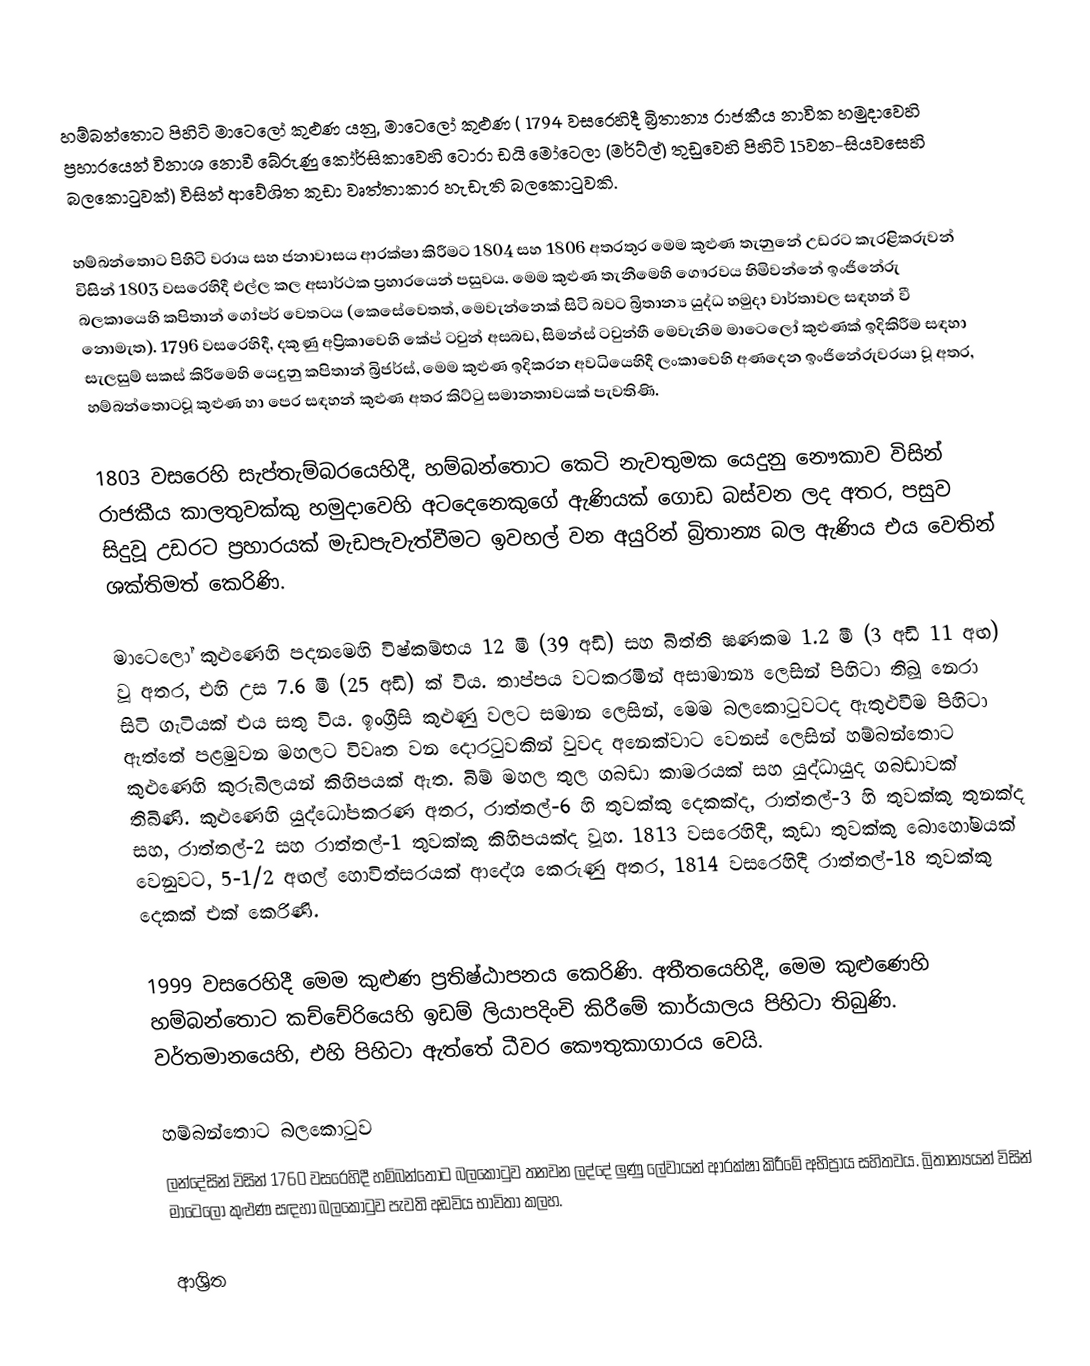
හම්බන්තොට පිහිටි මාටෙලෝ කුළුණ යනු, මාටෙලෝ කුළුණ ( 1794 වසරෙහිදී බ්‍රිතාන්‍ය රාජකීය නාවික හමුදාවෙහි ප්‍රහාරයෙන් විනාශ නොවී බේරුණු කෝර්සිකාවෙහි ටොරා ඩයි මෝටෙලා (මර්ට්ල්) තුඩුවෙහි පිහිටි 15වන-සියවසෙහි බලකොටුවක්) විසින් ආවේශිත කුඩා වෘත්තාකාර හැඩැති බලකොටුවකි.

හම්බන්තොට පිහිටි වරාය සහ ජනාවාසය ආරක්ෂා කිරීමට 1804 සහ 1806 අතරතුර මෙම කුළුණ තැනුනේ උඩරට කැරළිකරුවන් විසින් 1803 වසරෙහිදී එල්ල කල අසාර්ථක ප්‍රහාරයෙන් පසුවය. මෙම කුළුණ තැනීමෙහි ගෞරවය හිමිවන්නේ ඉංජිනේරු බලකායෙහි කපිතාන් ගෝපර් වෙතටය (කෙසේවෙතත්, මෙවැන්නෙක් සිටි බවට බ්‍රිතාන්‍ය යුද්ධ හමුදා වාර්තාවල සඳහන් වී නොමැත). 1796 වසරෙහිදී, දකුණු අප්‍රිකාවෙහි කේප් ටවුන් අසබඩ, සිමන්ස් ටවුන්හී මෙවැනිම මාටෙලෝ කුළුණක් ඉදිකිරීම සඳහා සැලසුම් සකස් කිරීමෙහි යෙදුනු කපිතාන් බ්‍රිජර්ස්, මෙම කුළුණ ඉදිකරන අවධියෙහිදී ලංකාවෙහි අණදෙන ඉංජිනේරුවරයා වූ අතර, හම්බන්තොටවූ කුළුණ හා පෙර සඳහන් කුළුණ අතර කිට්ටු සමානතාවයක් පැවතිණි.

1803 වසරෙහි සැප්තැම්බරයෙහිදී, හම්බන්තොට කෙටි නැවතුමක යෙදුනු    නෞකාව විසින් රාජකීය කාලතුවක්කු හමුදාවෙහි අටදෙනෙකුගේ ඇණියක් ගොඩ බස්වන ලද අතර, පසුව සිදුවූ  උඩරට ප්‍රහාරයක් මැඩපැවැත්වීමට ඉවහල් වන අයුරින් බ්‍රිතාන්‍ය බල ඇණිය එය වෙතින් ශක්තිමත් කෙරිණි.

මාටෙලෝ කුළුණෙහි පදනමෙහි විෂ්කම්භය 12 මී (39 අඩි) සහ බිත්ති ඝණකම 1.2 මී (3 අඩි 11 අඟ) වූ අතර,  එහි උස 7.6 මී (25 අඩි) ක් විය. තාප්පය වටකරමින් අසාමාන්‍ය ලෙසින් පිහිටා තිබූ නෙරා සිටි ගැටියක් එය සතු විය. ඉංග්‍රීසි කුළුණු වලට සමාන ලෙසින්, මෙම බලකොටුවටද ඇතුළුවීම පිහිටා ඇත්තේ පළමුවන මහලට විවෘත වන දොරටුවකින් වුවද අනෙක්වාට වෙනස් ලෙසින් හම්බන්තොට කුළුණෙහි  කුරුබිලයන් කිහිපයක් ඇත. බිම් මහල තුල ගබඩා කාමරයක් සහ යුද්ධායුද ගබඩාවක් තිබිණි. කුළුණෙහි යුද්ධෝපකරණ අතර,  රාත්තල්-6  හි තුවක්කු දෙකක්ද, රාත්තල්-3 හි තුවක්කු තුනක්ද සහ, රාත්තල්-2 සහ රාත්තල්-1 තුවක්කු කිහිපයක්ද වූහ. 1813 වසරෙහිදී, කුඩා තුවක්කු බොහෝමයක් වෙනුවට,  5-1/2 අඟල් හොවිත්සරයක් ආදේශ කෙරුණු අතර, 1814 වසරෙහිදී  රාත්තල්-18 තුවක්කු දෙකක් එක් කෙරිණි.

1999 වසරෙහිදී මෙම කුළුණ ප්‍රතිෂ්ඨාපනය කෙරිණි. අතීතයෙහිදී, මෙම කුළුණෙහි  හම්බන්තොට කච්චේරියෙහි ඉඩම් ලියාපදිංචි කිරීමේ කාර්යාලය පිහිටා තිබුණි. වර්තමානයෙහි, එහි පිහිටා ඇත්තේ  ධීවර කෞතුකාගාරය වෙයි.

හම්බන්තොට බලකොටුව
ලන්දේසින් විසින් 1760 වසරෙහිදී හම්බන්තොට බලකොටුව තනවන ලද්දේ  ලුණු ලේවායන් ආරක්ෂා කිරීමේ අභිප්‍රාය සහිතවය. බ්‍රිතාන්‍යයන් විසින් මාටෙලෝ කුළුණ සඳහා  බලකොටුව පැවති අඩවිය භාවිතා කලහ.

ආශ්‍රිත